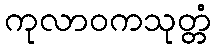
ကုလာဝကသုတ္တံ